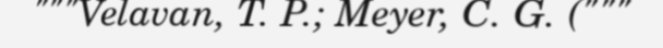
"""Velavan, T. P.; Meyer, C. G. ("""